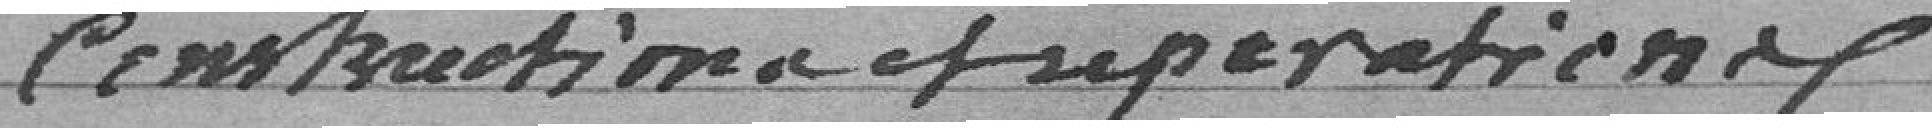
construction et réparation